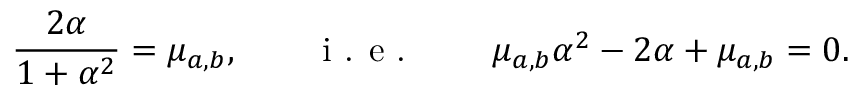
\frac { 2 \alpha } { 1 + \alpha ^ { 2 } } = \mu _ { a , b } , \qquad \textnormal { i . e . } \qquad \mu _ { a , b } \alpha ^ { 2 } - 2 \alpha + \mu _ { a , b } = 0 .